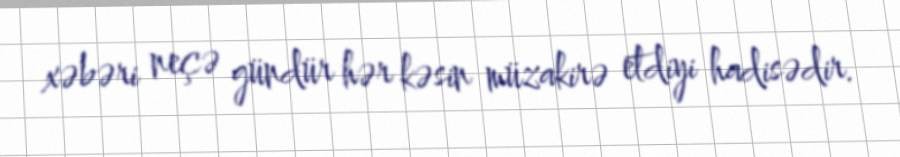
xəbəri neçə gündür hər kəsin müzakirə etdiyi hadisədir.